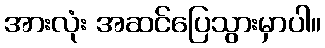
အားလုံး အဆင်ပြေသွားမှာပါ။